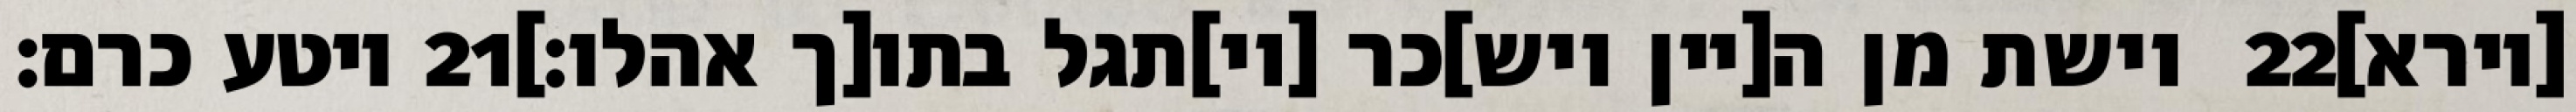
ויטע כרם׃ ‎21‏ וישת מן ה[יין ויש]כר [וי]תגל בתו[ך אהלו׃] ‎22‏ [וירא]